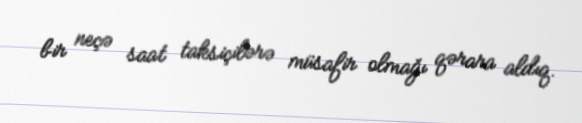
bir neçə saat taksiçilərə müsafir olmağı qərara aldıq.